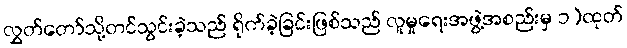
လွှတ်တော်သို့တင်သွင်းခဲ့သည် ရိုက်ခဲ့ခြင်းဖြစ်သည် လူမှုရေးအဖွဲ့အစည်းမှ ၁)ထုတ်